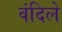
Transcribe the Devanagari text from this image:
वंदिले